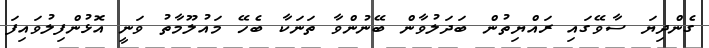
ގެންދިޔަ ސާވޭގައި ރައްޔިތުން ބަދަލުވާން ބޭނުންވާ ތަނަކާ ބެހޭ މައުލޫމާތު ވަނީ އޮޅުންފިލުވައިފަ